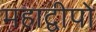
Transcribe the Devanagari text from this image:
महाद्वीपो